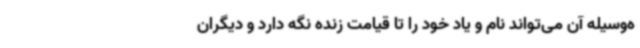
ه‌وسیله آن می‌تواند نام و یاد خود را تا قیامت زنده نگه دارد و دیگران